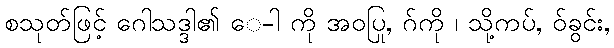
စသုတ်ဖြင့် ဂေါသဒ္ဒါ၏ ေ-ါ ကို အဝပြု, ဂ်ကို ၊ သို့ကပ်, ဝ်ခွင်း,